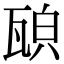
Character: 𤭍